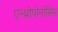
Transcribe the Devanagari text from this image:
एन्थ्रोपोनोसिस